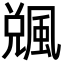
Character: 䬇